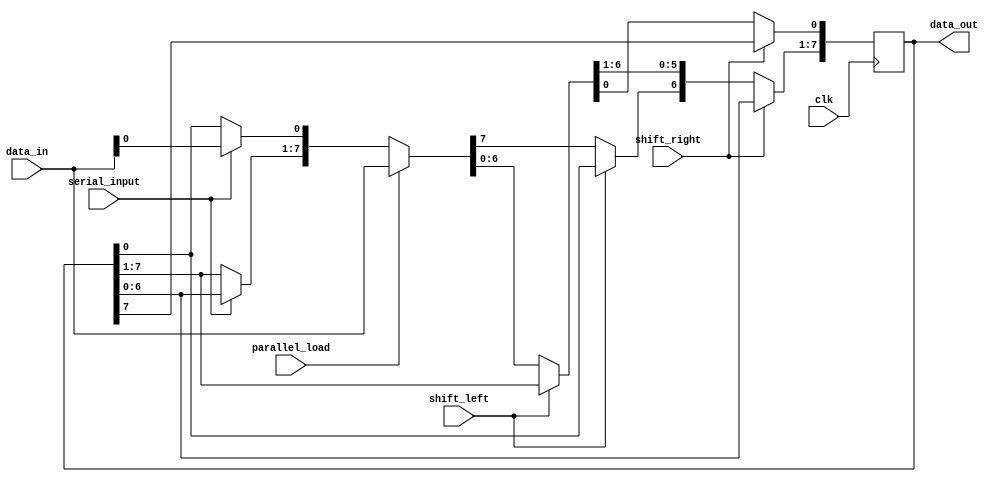
module universal_shift_register (
    input wire clk,
    input wire shift_right, 
    input wire shift_left,
    input wire parallel_load,
    input wire serial_input,
    output reg [7:0] data_out,
    input wire [7:0] data_in
);

reg [7:0] data;
reg [7:0] temp_data;

always @(posedge clk) begin
    if (shift_right) begin
        temp_data[0] = data[7];
        temp_data[1:7] = data[0:6];
    end else if (shift_left) begin
        temp_data[7] = data[0];
        temp_data[0:6] = data[1:7];
    end else if (parallel_load) begin
        temp_data = data_in;
    end else if (serial_input) begin
        temp_data[0] = data_in[0];
        temp_data[1:7] = data[0:6];
    end
end

always @(*) begin
    data = temp_data;
end

assign data_out = data;

endmodule